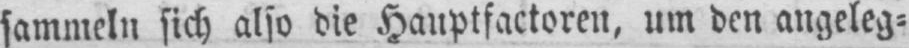
sammeln sich also die Hauptfaktoren, um den angeleg⸗